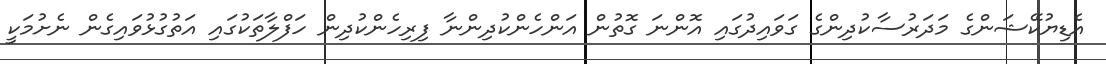
އެޑިޔުކޭޝަންގެ މަދަރުސާކުދިންގެ ގަވައިދުގައި އޮންނަ ގޮތުން އަންހެންކުދިންނާ ފިރިހެންކުދިން ހަފްލާތަކުގައި އަތުގުޅުވައިގެން ނެށުމަކީ